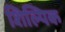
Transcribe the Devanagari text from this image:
शिल्पिक